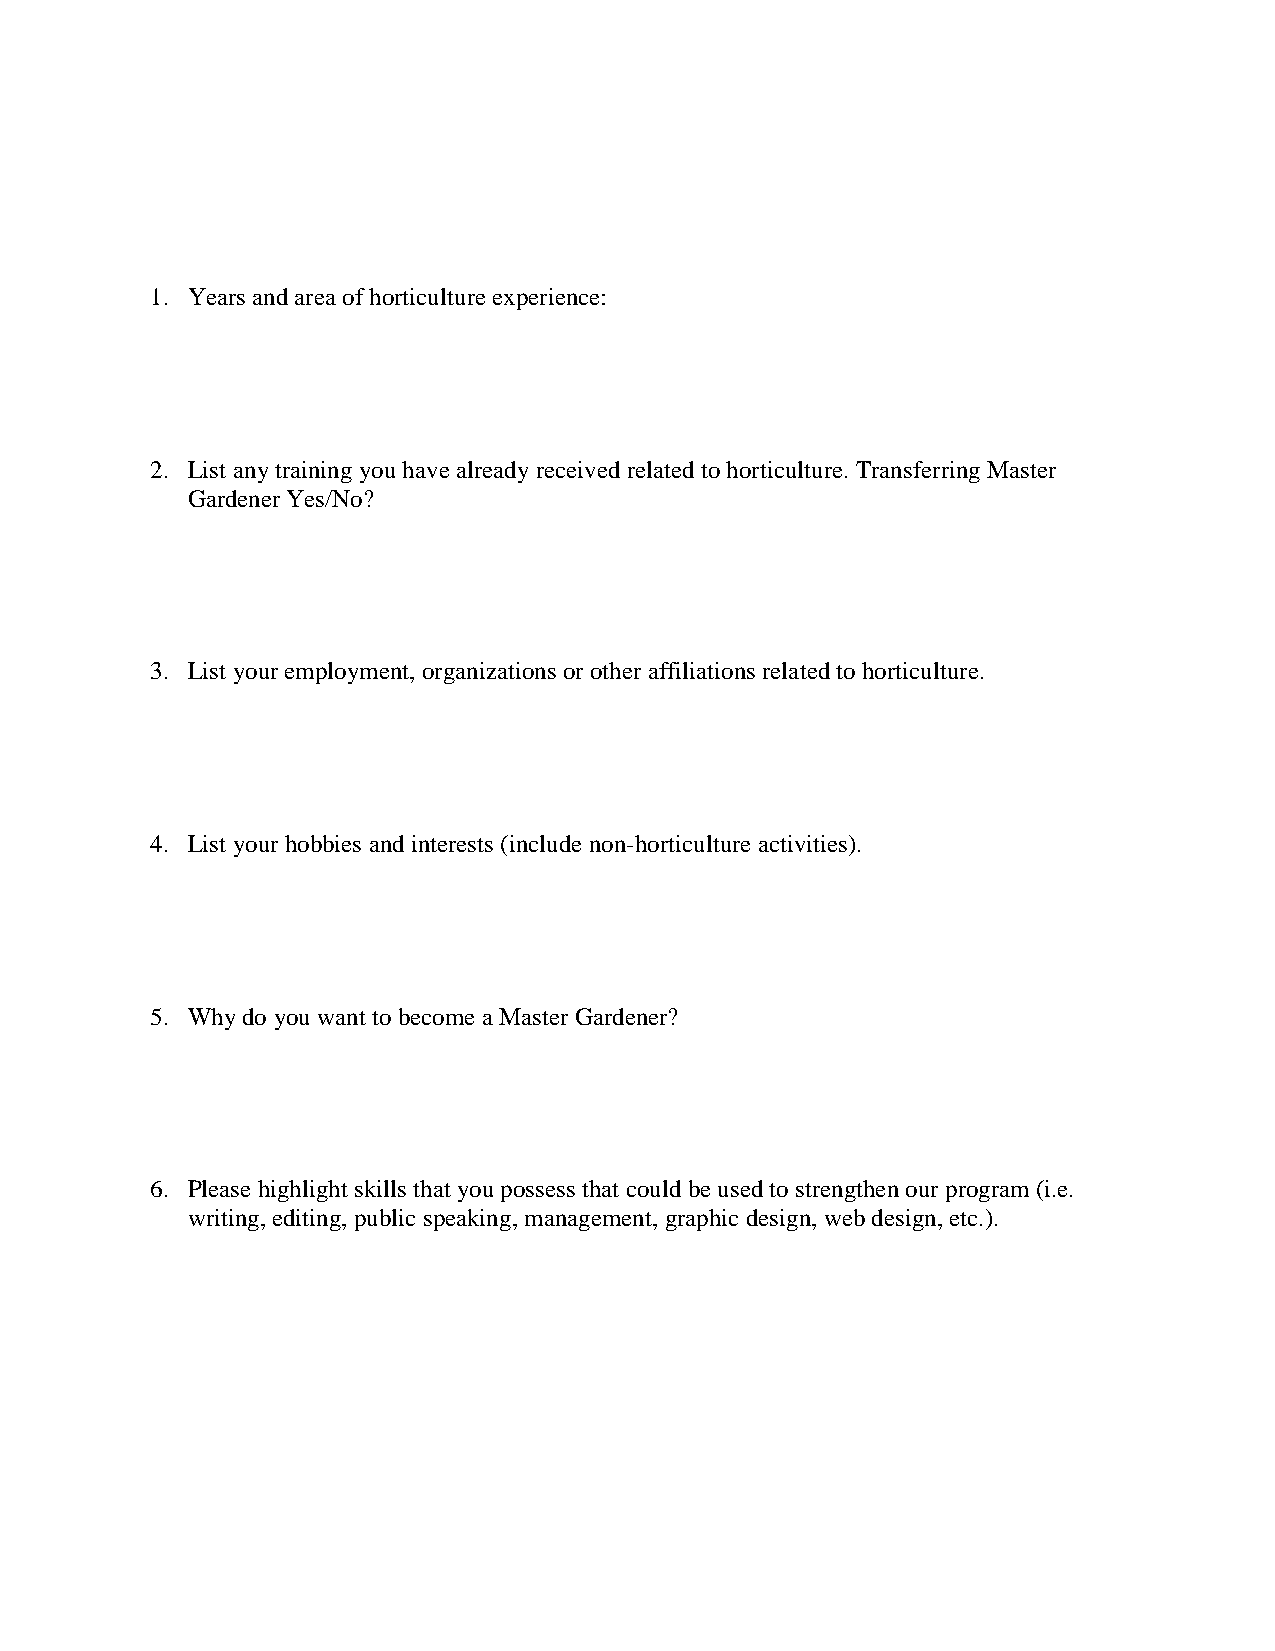
1. Years and area of horticulture experience:
 2. List any training you have already received related to horticulture. Transferring Master
 Gardener Yes/No?
 3. List your employment, organizations or other affiliations related to horticulture.
 4. List your hobbies and interests (include non-horticulture activities).
 5. Why do you want to become a Master Gardener?
 6. Please highlight skills that you possess that could be used to strengthen our program (i.e.
 writing, editing, public speaking, management, graphic design, web design, etc.).